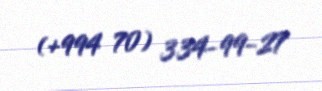
(+994 70) 334-99-27